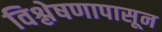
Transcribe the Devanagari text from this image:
विश्लेषणापासून